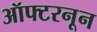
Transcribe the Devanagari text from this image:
ऑफ्टरनून